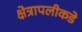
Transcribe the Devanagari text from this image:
क्षेत्रापलीकडे